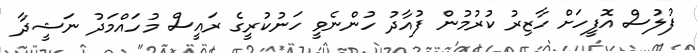
ފުލުސް އޮފީހަށް ހާޒިރު ކުރުމުން ފުއާދު ހުންނެވީ ހަނުކުރީގެ ރައީސް މުހައްމަދު ނަޝީދާ